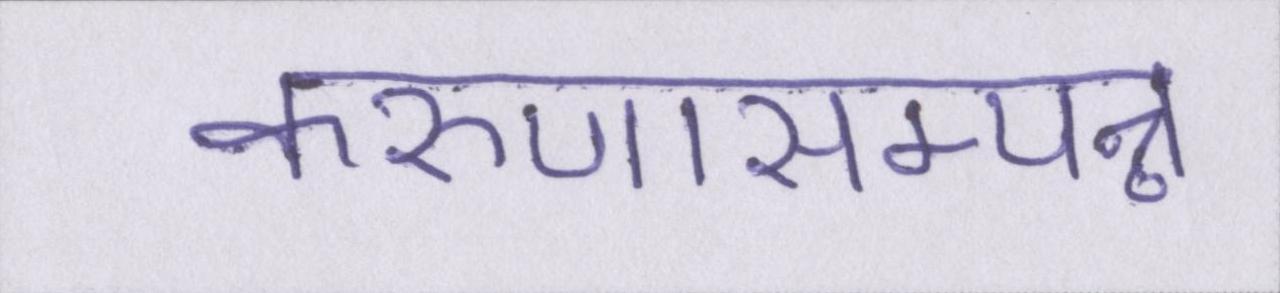
करुणासम्पन्न